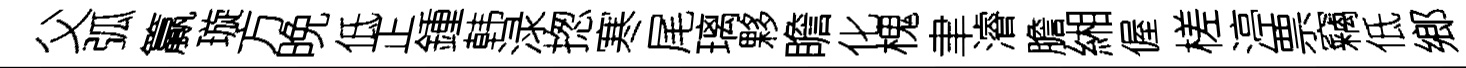
父弧籯璇方晚低正鍾韩渌揔寒尾璃夥瞻化槐聿濬膽緗偓槎渟票竊低鄉